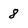
Character: 8